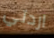
اردتي